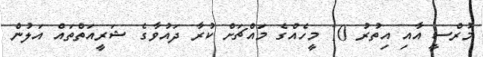
މުރްސީ އާއި އިތުރު 10 މީހެއްގެ މައްޗަށް ކުރާ ދައުވާގެ ޝަރީއަތްތައް އަލުން